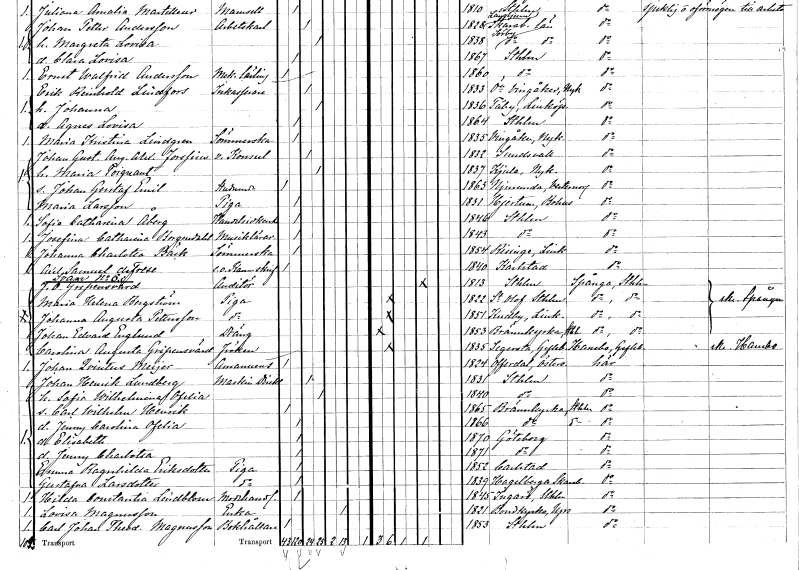
gt_parse: households: individuals: FN: Johan Gustaf August Alexander
EN: Forssius
YRKE: Konsul vice
KON: M
CIV: G
FODAR: 1832
FODFORS: Sundsvall Västernorrlands län
FN: Maria
EN: Poignant
KON: K
CIV: G
FODAR: 1837
FODFORS: Kjula Södermanlands län
FN: Johan Gustaf Emil
YRKE: Studerande
KON: M
CIV: O
FODAR: 1863
FODFORS: Njurunda Västernorrlands län
FN: Maria
EN: Larsson
YRKE: Piga
KON: K
CIV: O
FODAR: 1831
FODFORS: Hjärtum Älvsborgs län
FN: Sofia Catharina
EN: Åberg
YRKE: Handelsidkerska
KON: K
CIV: O
FODAR: 1846
FODFORS: Stockholm
FN: Josefina Catharina
EN: Borgendahl
YRKE: Musiklärarinna
KON: K
CIV: O
FODAR: 1843
FODFORS: Stockholm
FN: Johanna Charlotta
EN: Bäck
YRKE: Sömmerska
KON: K
CIV: O
FODAR: 1854
FODFORS: Risinge Östergötlands län
FN: Axel Samuel
EN: de Frese
YRKE: Kammarskrivare e.o.
KON: M
CIV: O
FODAR: 1840
FODFORS: Karlstad Värmlands län
FN: Jacob Olof
EN: Gripensvärd
YRKE: Auditör
KON: M
CIV: E
FODAR: 1813
FODFORS: Stockholm
FN: Maria Helena
EN: Bergström
YRKE: Piga
KON: K
CIV: O
FODAR: 1822
FODFORS: Sankt Olof Stockholms län
FN: Johanna Augusta
EN: Pettersson
YRKE: Piga
KON: K
CIV: O
FODAR: 1851
FODFORS: Kuddby Östergötlands län
FN: Johan Edvard
EN: Englund
YRKE: Dräng
KON: M
CIV: O
FODAR: 1853
FODFORS: Brännkyrka Stockholms län
FN: Carolina Augusta
EN: Gripensvärd
KON: K
CIV: O
FODAR: 1835
FODFORS: Segersta Gävleborgs län
FN: Johan Qvintus
EN: Meijer
YRKE: Amanuens
KON: M
CIV: O
FODAR: 1824
FODFORS: Offerdal Jämtlands län
FN: Johan Henrik
EN: Lundberg
YRKE: Maskindirektör
KON: M
CIV: G
FODAR: 1831
FODFORS: Stockholm
FN: Sofia Wilhelmina Ofelia
KON: K
CIV: G
FODAR: 1840
FODFORS: Stockholm
FN: Carl Wilhelm Henrik
KON: M
CIV: O
FODAR: 1865
FODFORS: Brännkyrka Stockholms län
FN: Jenny Carolina Ofelia
KON: K
CIV: O
FODAR: 1866
FODFORS: Brännkyrka Stockholms län
FN: Elisabeth
KON: K
CIV: O
FODAR: 1870
FODFORS: Göteborg Göteborgs- och Bohuslän
FN: Jenny Charlotta
KON: K
CIV: O
FODAR: 1871
FODFORS: Göteborg Göteborgs- och Bohuslän
FN: Emma Ragnhilda
EN: Eriksdotter
YRKE: Piga
KON: K
CIV: O
FODAR: 1852
FODFORS: Karlstad Värmlands län
FN: Gustafva
EN: Larsdotter
YRKE: Piga
KON: K
CIV: O
FODAR: 1839
FODFORS: Hagelberg Skaraborgs län
FN: Hilda Constantia
EN: Lindblom
YRKE: Modehandlerska
KON: K
CIV: O
FODAR: 1845
FODFORS: Ingarö Stockholms län
FN: Lovisa
EN: Magnusson
YRKE: Änka
KON: K
CIV: E
FODAR: 1821
FODFORS: Bondkyrka Uppsala län
FN: Carl Johan Theodor
EN: Magnusson
YRKE: Bokhållare
KON: M
CIV: O
FODAR: 1853
FODFORS: Stockholm